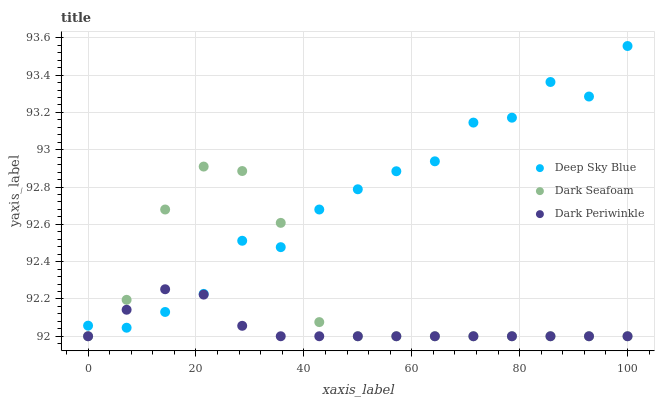
| xaxis_label | Deep Sky Blue | Dark Seafoam | Dark Periwinkle |
 | --- | --- | --- | --- |
 | 0 | 92.1 | 92 | 92 |
 | 7.14 | 92 | 92.2 | 92.1 |
 | 14.3 | 92.1 | 92.7 | 92.3 |
 | 21.4 | 92.2 | 92.9 | 92.2 |
 | 28.6 | 92.5 | 92.9 | 92.1 |
 | 35.7 | 92.5 | 92.6 | 92 |
 | 42.9 | 92.7 | 92.1 | 92 |
 | 50 | 92.8 | 92 | 92 |
 | 57.1 | 92.9 | 92 | 92 |
 | 64.3 | 92.9 | 92 | 92 |
 | 71.4 | 93.1 | 92 | 92 |
 | 78.6 | 93.2 | 92 | 92 |
 | 85.7 | 93.4 | 92 | 92 |
 | 92.9 | 93.3 | 92 | 92 |
 | 100 | 93.6 | 92 | 92 |